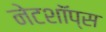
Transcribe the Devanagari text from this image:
नेटशॉप्स